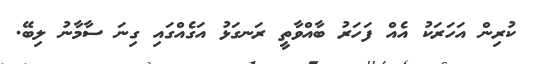
ކުރިން އަހަރަކު އެއް ފަހަރު ބާއްވާތީ ރަނގަޅު އަގެއްގައި ގިނަ ސާމާނު ލިބޭ.